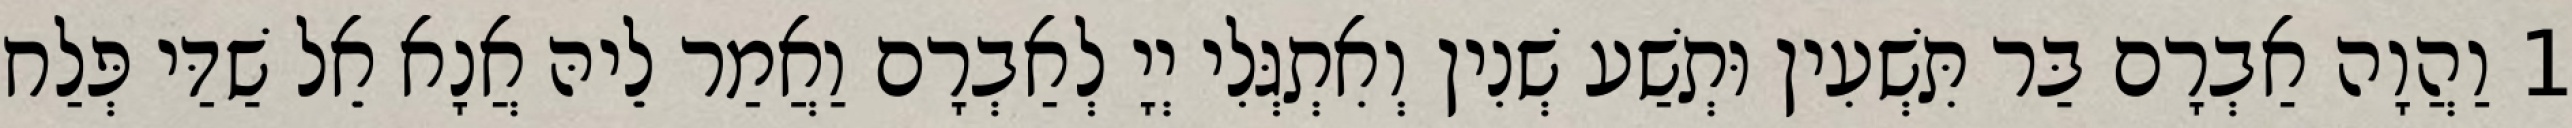
1 וַהֲוָה אַבְרָם בַּר תִּשְׁעִין וּתְשַׁע שְׁנִין וְאִתְגְּלִי יְיָ לְאַבְרָם וַאֲמַר לֵיהּ אֲנָא אֵל שַׁדַּי פְּלַח